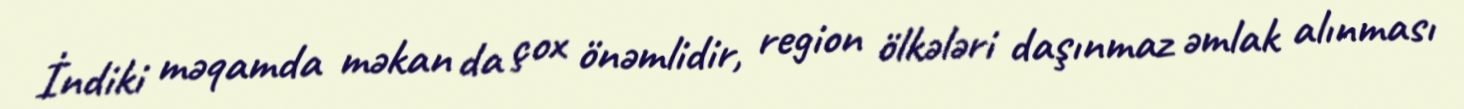
İndiki məqamda məkan da çox önəmlidir, region ölkələri daşınmaz əmlak alınması